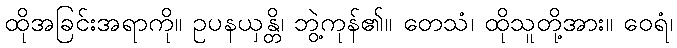
ထိုအခြင်းအရာကို။ ဥပနယှန္တိ၊ ဘွဲ့ကုန်၏။ တေသံ၊ ထိုသူတို့အား။ ဝေရံ၊